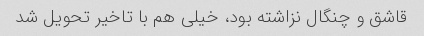
قاشق و چنگال نزاشته بود، خیلی هم با تاخیر تحویل شد